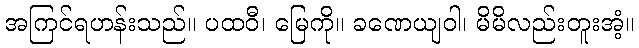
အကြင်ရဟန်းသည်။ ပထဝီ၊ မြေကို။ ခဏေယျဝါ၊ မိမိလည်းတူးအံ့။